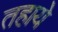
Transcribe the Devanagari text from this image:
तहाये